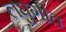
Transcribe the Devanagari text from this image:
लघुगीत